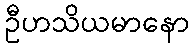
ဦဟသိယမာနော